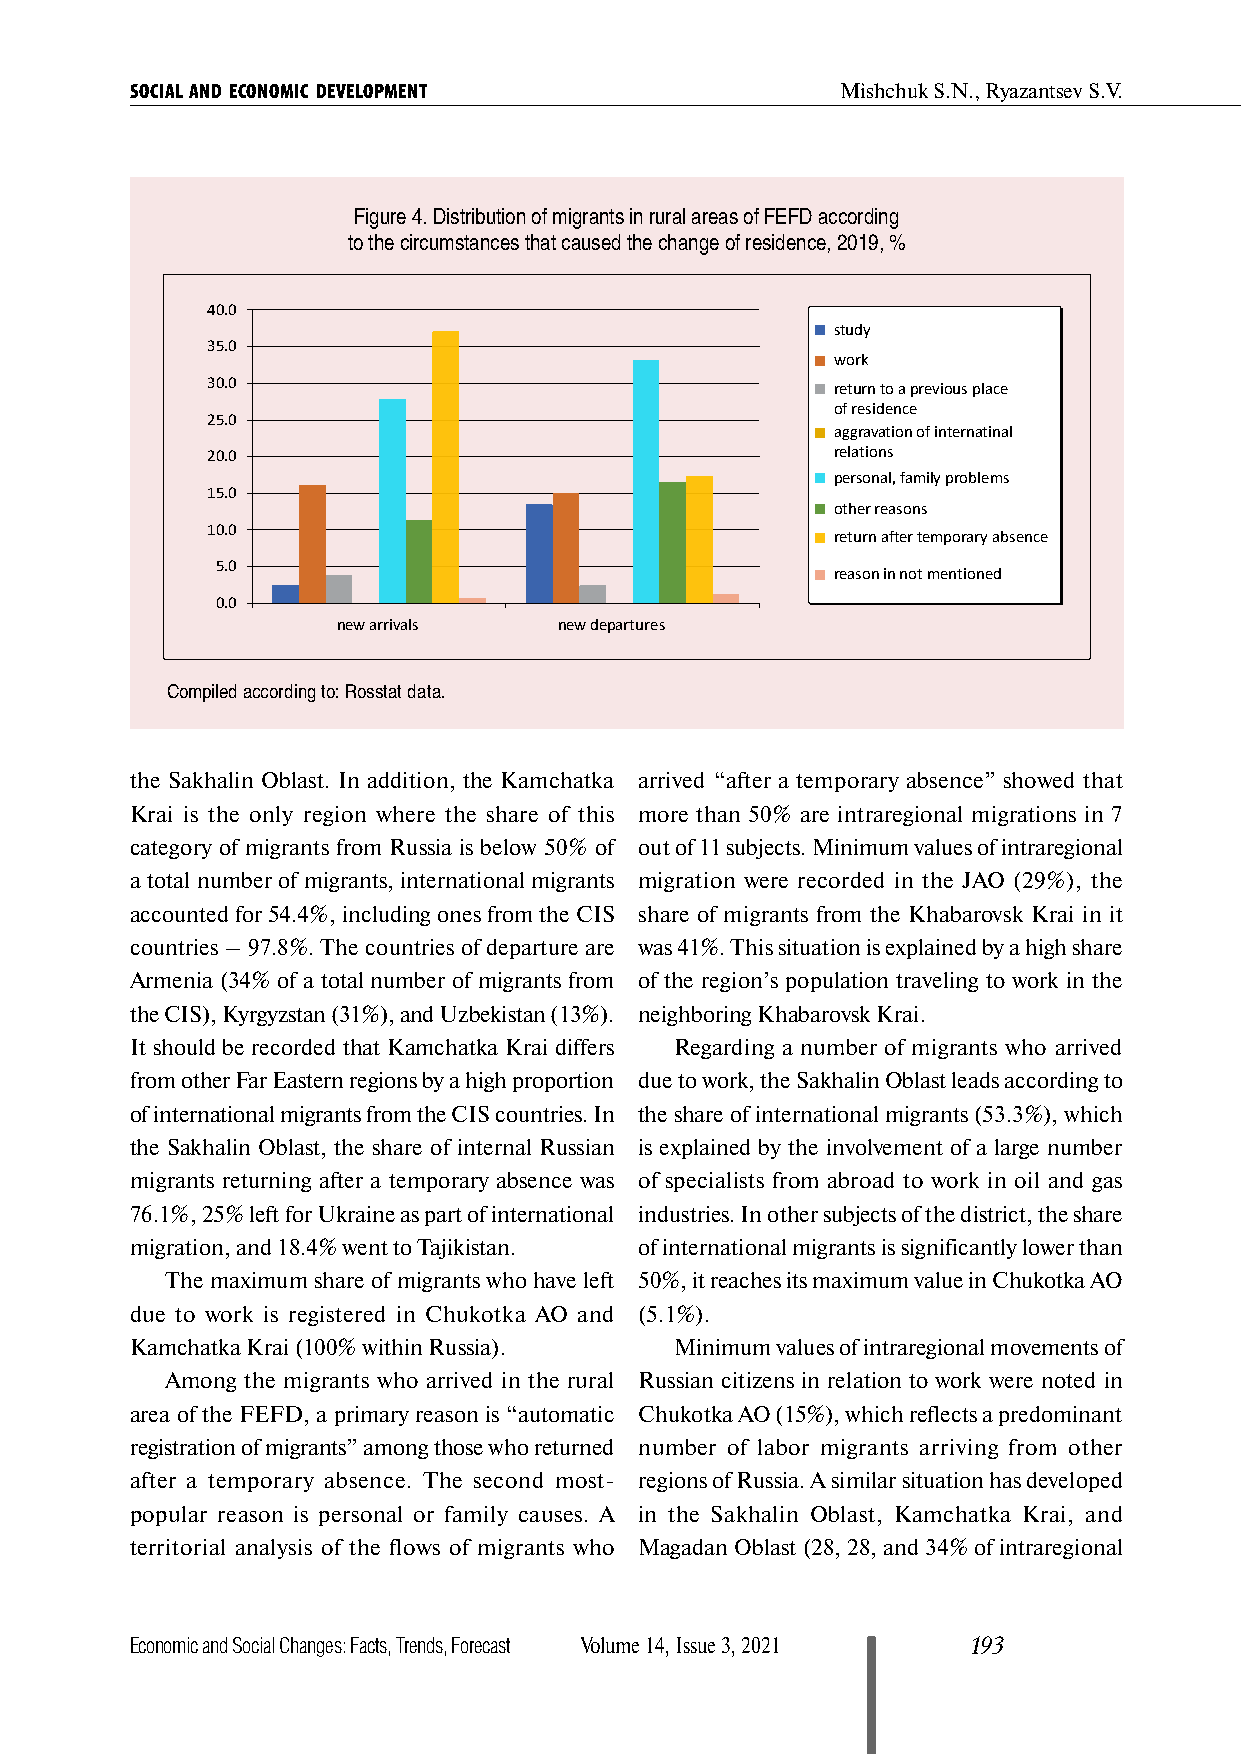
SOCIAL AND ECONOMIC DEVELOPMENT                Mishchuk S.N., Ryazantsev S.V.
 Figure 4. Distribution of migrants in rural areas of FEFD according
 to the circumstances that caused the change of residence, 2019, %
 40.0
 study
 35.0
 work
 30.0
 return to a previous place
 of residence
 25.0
 aggravation of internatinal
 20.0                                     relations
 personal, family problems
 15.0
 other reasons
 10.0
 return after temporary absence
 5.0
 reason in not mentioned
 0.0
 new arrivals   new departures
 Compiled according to: Rosstat data.
 the Sakhalin Oblast. In addition, the Kamchatka arrived “after a temporary absence” showed that
 Krai is the only region where the share of this more than 50% are intraregional migrations in 7
 category of migrants from Russia is below 50% of out of 11 subjects. Minimum values of intraregional
 a total number of migrants, international migrants migration were recorded in the JAO (29%), the
 accounted for 54.4%, including ones from the CIS share of migrants from the Khabarovsk Krai in it
 countries – 97.8%. The countries of departure are was 41%. This situation is explained by a high share
 Armenia (34% of a total number of migrants from of the region’s population traveling to work in the
 the CIS), Kyrgyzstan (31%), and Uzbekistan (13%). neighboring Khabarovsk Krai.
 It should be recorded that Kamchatka Krai differs Regarding a number of migrants who arrived
 from other Far Eastern regions by a high proportion due to work, the Sakhalin Oblast leads according to
 of international migrants from the CIS countries. In the share of international migrants (53.3%), which
 the Sakhalin Oblast, the share of internal Russian is explained by the involvement of a large number
 migrants returning after a temporary absence was of specialists from abroad to work in oil and gas
 76.1%, 25% left for Ukraine as part of international industries. In other subjects of the district, the share
 migration, and 18.4% went to Tajikistan. of international migrants is significantly lower than
 The maximum share of migrants who have left 50%, it reaches its maximum value in Chukotka AO
 due to work is registered in Chukotka AO and (5.1%).
 Kamchatka Krai (100% within Russia). Minimum values of intraregional movements of
 Among the migrants who arrived in the rural Russian citizens in relation to work were noted in
 area of the FEFD, a primary reason is “automatic Chukotka AO (15%), which reflects a predominant
 registration of migrants” among those who returned number of labor migrants arriving from other
 after a temporary absence. The second most- regions of Russia. A similar situation has developed
 popular reason is personal or family causes. A in the Sakhalin Oblast, Kamchatka Krai, and
 territorial analysis of the flows of migrants who Magadan Oblast (28, 28, and 34% of intraregional
 Economic and Social Changes: Facts, Trends, Forecast Volume 14, Issue 3, 2021 193